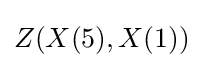
Z(X(5),X(1))